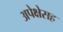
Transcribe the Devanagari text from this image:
अपेक्षेसह